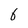
Character: b